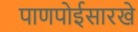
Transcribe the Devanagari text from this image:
पाणपोईसारखे